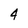
Character: 4